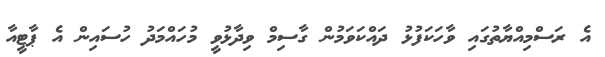
އެ ރަސްމިއްޔާތުގައި ވާހަކަފުޅު ދައްކަވަމުން ގާސިމް ވިދާޅުވީ މުހައްމަދު ހުސައިން އެ ޕާޓީއާ